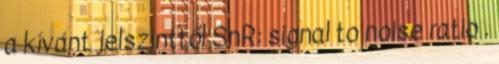
a kívánt jelszinttől SnR: signal to noise ratio .